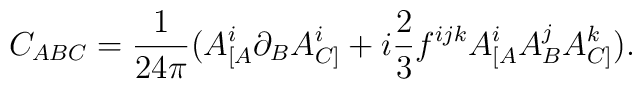
C_{ABC}=\frac{1}{24 \pi} \big(A_{[A}^i\partial_BA_{C]}^i+i\frac{2}{3}f^{ijk}A_{[A}^iA_B^jA_{C]}^k \big) .